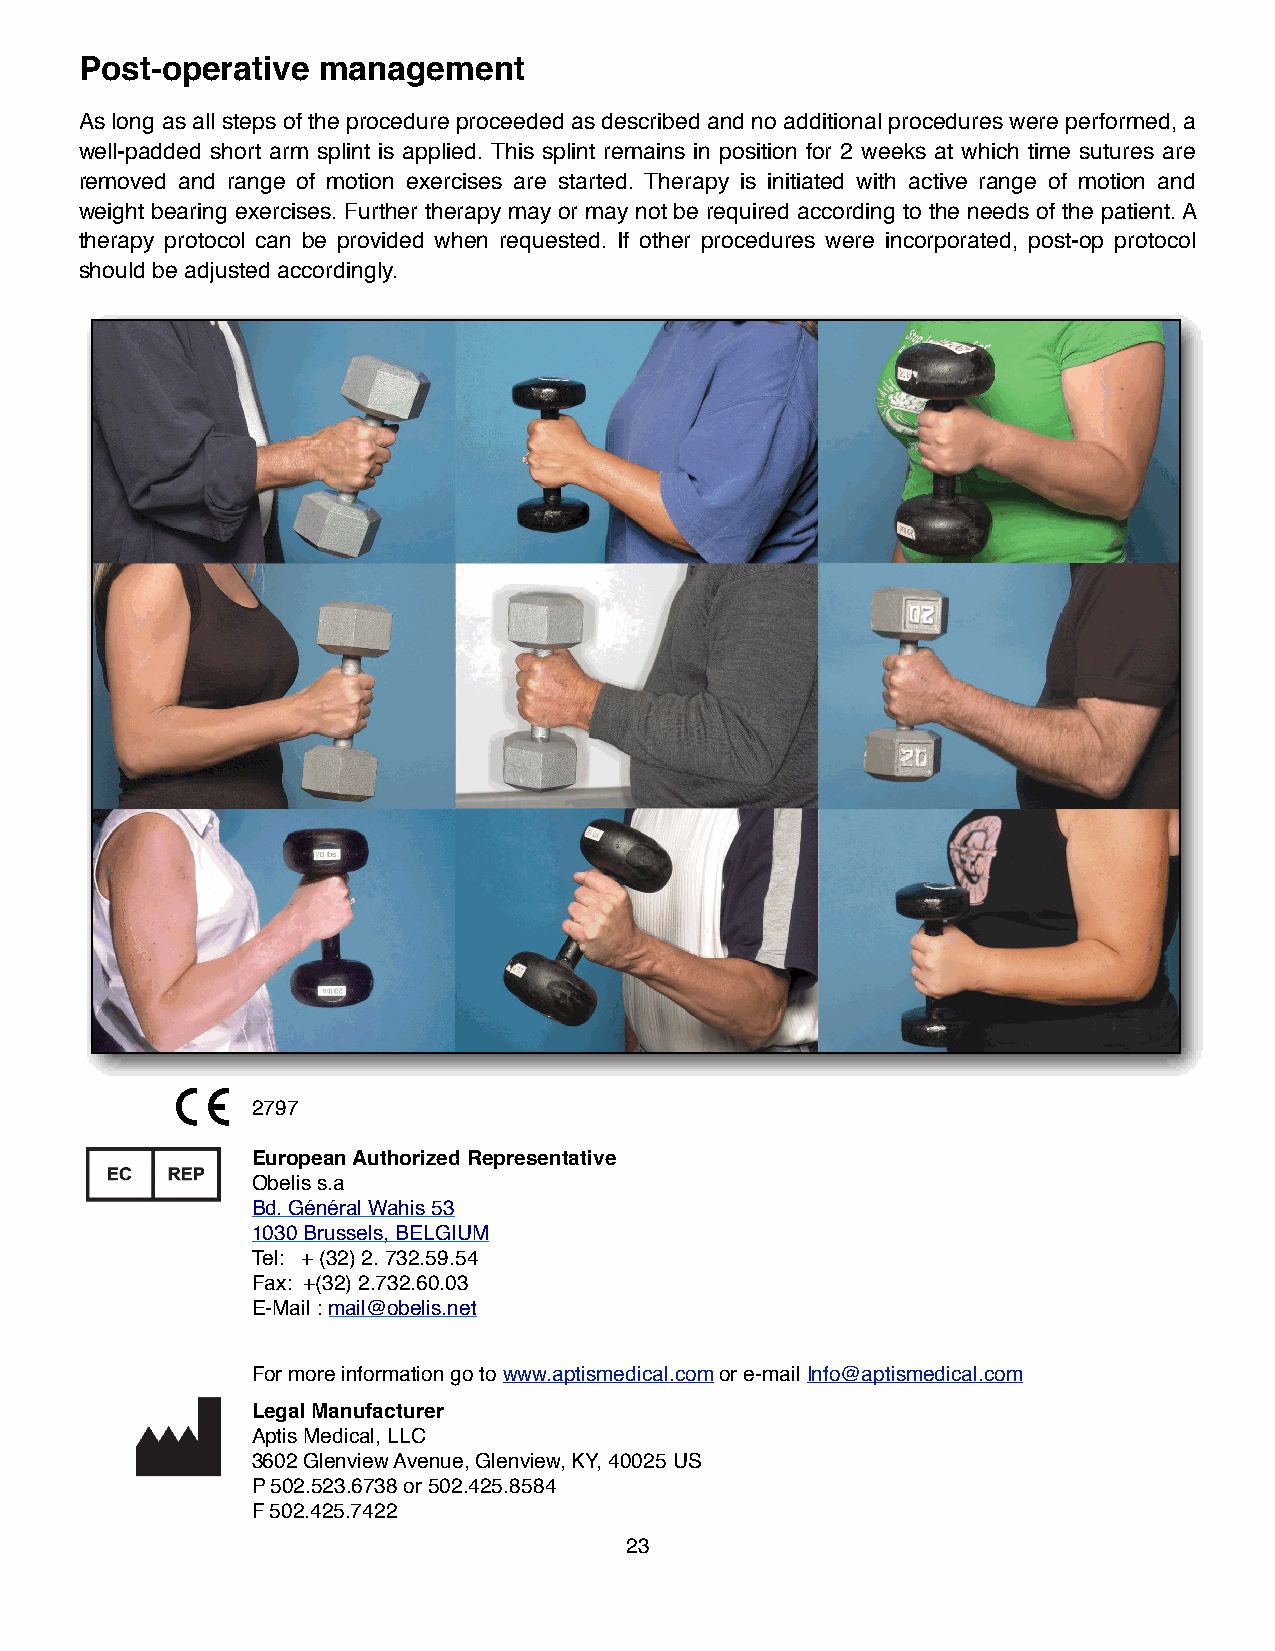
Post-operative  management
 As long as all steps of the procedure proceeded as described and no additional procedures were performed, a
 well-padded short arm splint is applied. This splint remains in position for 2 weeks at which time sutures are
 removed and range of motion exercises are started. Therapy is initiated with active range of motion and
 weight bearing exercises. Further therapy may or may not be required according to the needs of the patient. A
 therapy protocol can be provided when requested. If other procedures were incorporated, post-op protocol
 should be adjusted accordingly.
 2797
 European Authorized Representative
 Obelis s.a
 Bd. Général Wahis 53
 1030 Brussels, BELGIUM
 Tel: + (32) 2. 732.59.54
 Fax: +(32) 2.732.60.03
 E-Mail : mail@obelis.net
 For more information go to www.aptismedical.com or e-mail Info@aptismedical.com
 Legal Manufacturer
 Aptis Medical, LLC
 3602 Glenview Avenue, Glenview, KY, 40025 US
 P 502.523.6738 or 502.425.8584
 F 502.425.7422
 23